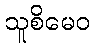
သူစိမေဝ